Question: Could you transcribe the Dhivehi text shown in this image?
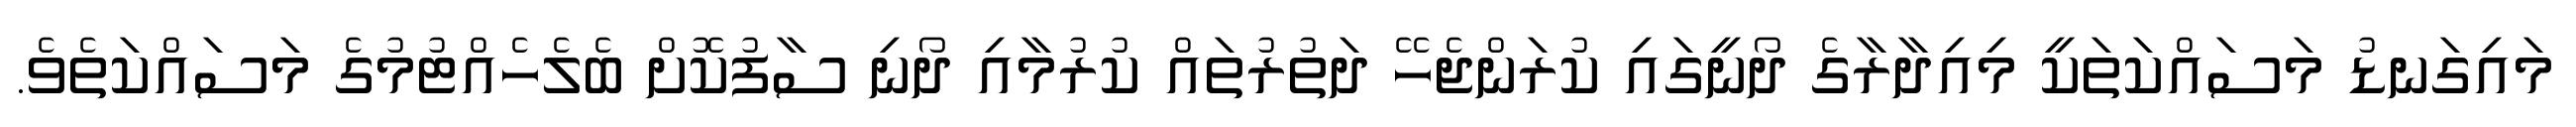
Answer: މައިގަނޑު މަސައްކަތަކީ މިއިދާރާގެ ދޯނީގައި ކުރަންޖެހޭ ދަތުރުތައް ކުރުމާއި ދޯނި ސާފުކޮށް ބެލެހެއްޓުމުގެ މަސައްކަތެވެ.